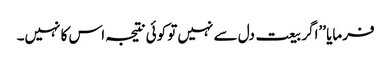
فرمایا ’’اگر بیعت دل سے نہیں تو کوئی نتیجہ اس کا نہیں۔